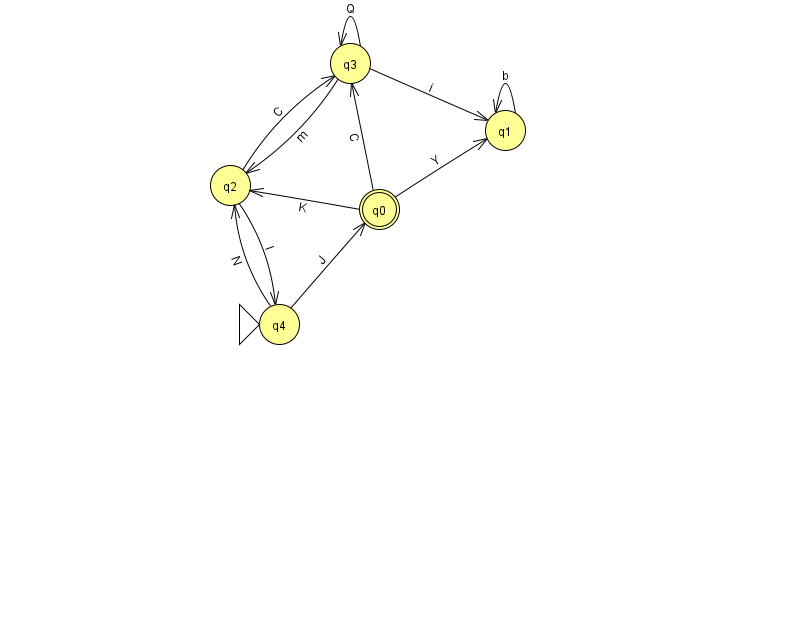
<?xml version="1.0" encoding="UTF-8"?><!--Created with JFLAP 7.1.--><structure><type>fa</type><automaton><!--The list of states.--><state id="0" name="q0"><x>379.0</x><y>196.0</y><final/></state><state id="1" name="q1"><x>505.0</x><y>117.0</y></state><state id="2" name="q2"><x>230.0</x><y>172.0</y></state><state id="3" name="q3"><x>350.0</x><y>50.0</y></state><state id="4" name="q4"><x>279.0</x><y>311.0</y><initial/></state><!--The list of transitions.--><transition><from>0</from><to>1</to><read>Y</read></transition><transition><from>4</from><to>2</to><read>N</read></transition><transition><from>3</from><to>3</to><read>Q</read></transition><transition><from>1</from><to>1</to><read>b</read></transition><transition><from>3</from><to>2</to><read>m</read></transition><transition><from>4</from><to>0</to><read>J</read></transition><transition><from>2</from><to>4</to><read>I</read></transition><transition><from>3</from><to>1</to><read>i</read></transition><transition><from>0</from><to>2</to><read>K</read></transition><transition><from>2</from><to>3</to><read>C</read></transition><transition><from>0</from><to>3</to><read>C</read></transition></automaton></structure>